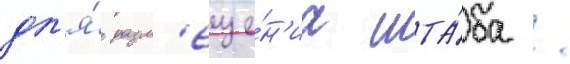
дл'я́ разм'еще́н'иа шта́ба /